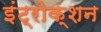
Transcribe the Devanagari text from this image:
इंट्रोक्शन